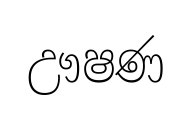
ඌෂණ